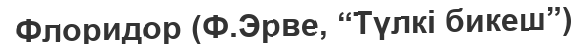
Флоридор (Ф.Эрве, “Түлкі бикеш”)